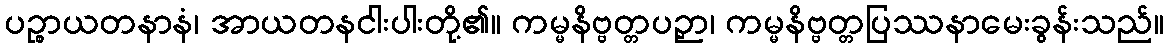
ပဉ္စာယတနာနံ၊ အာယတနငါးပါးတို့၏။ ကမ္မနိဗ္ဗတ္တပဉှာ၊ ကမ္မနိဗ္ဗတ္တပြဿနာမေးခွန်းသည်။